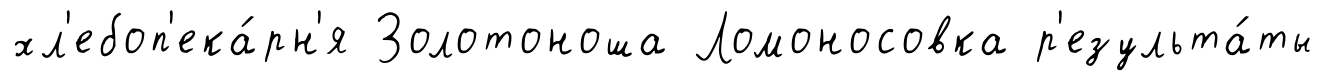
хл'ебоп'ека́рн'я Золотоноша Ломоносовка р'езульта́ты